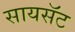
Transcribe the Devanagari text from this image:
सायसॅट